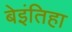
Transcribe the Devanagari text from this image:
बेइंतिहा